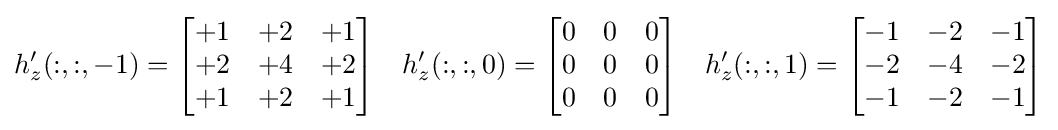
h_{z}'(:,:,-1)={\begin{bmatrix}+1&+2&+1\\+2&+4&+2\\+1&+2&+1\end{bmatrix}}\quad h_{z}'(:,:,0)={\begin{bmatrix}0&0&0\\0&0&0\\0&0&0\end{bmatrix}}\quad h_{z}'(:,:,1)={\begin{bmatrix}-1&-2&-1\\-2&-4&-2\\-1&-2&-1\end{bmatrix}}